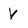
Character: V